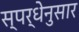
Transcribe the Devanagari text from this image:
स्पर्धेनुसार